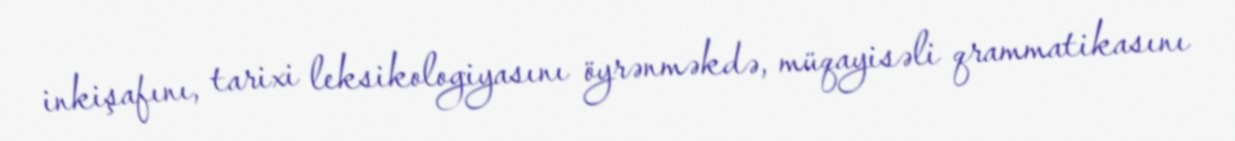
inkişafını, tarixi leksikologiyasını öyrənməkdə, müqayisəli qrammatikasını